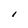
Character: I